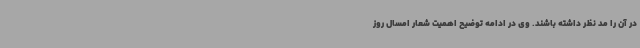
در آن را مد نظر داشته باشند. وی در ادامه توضیح اهمیت شعار امسال روز